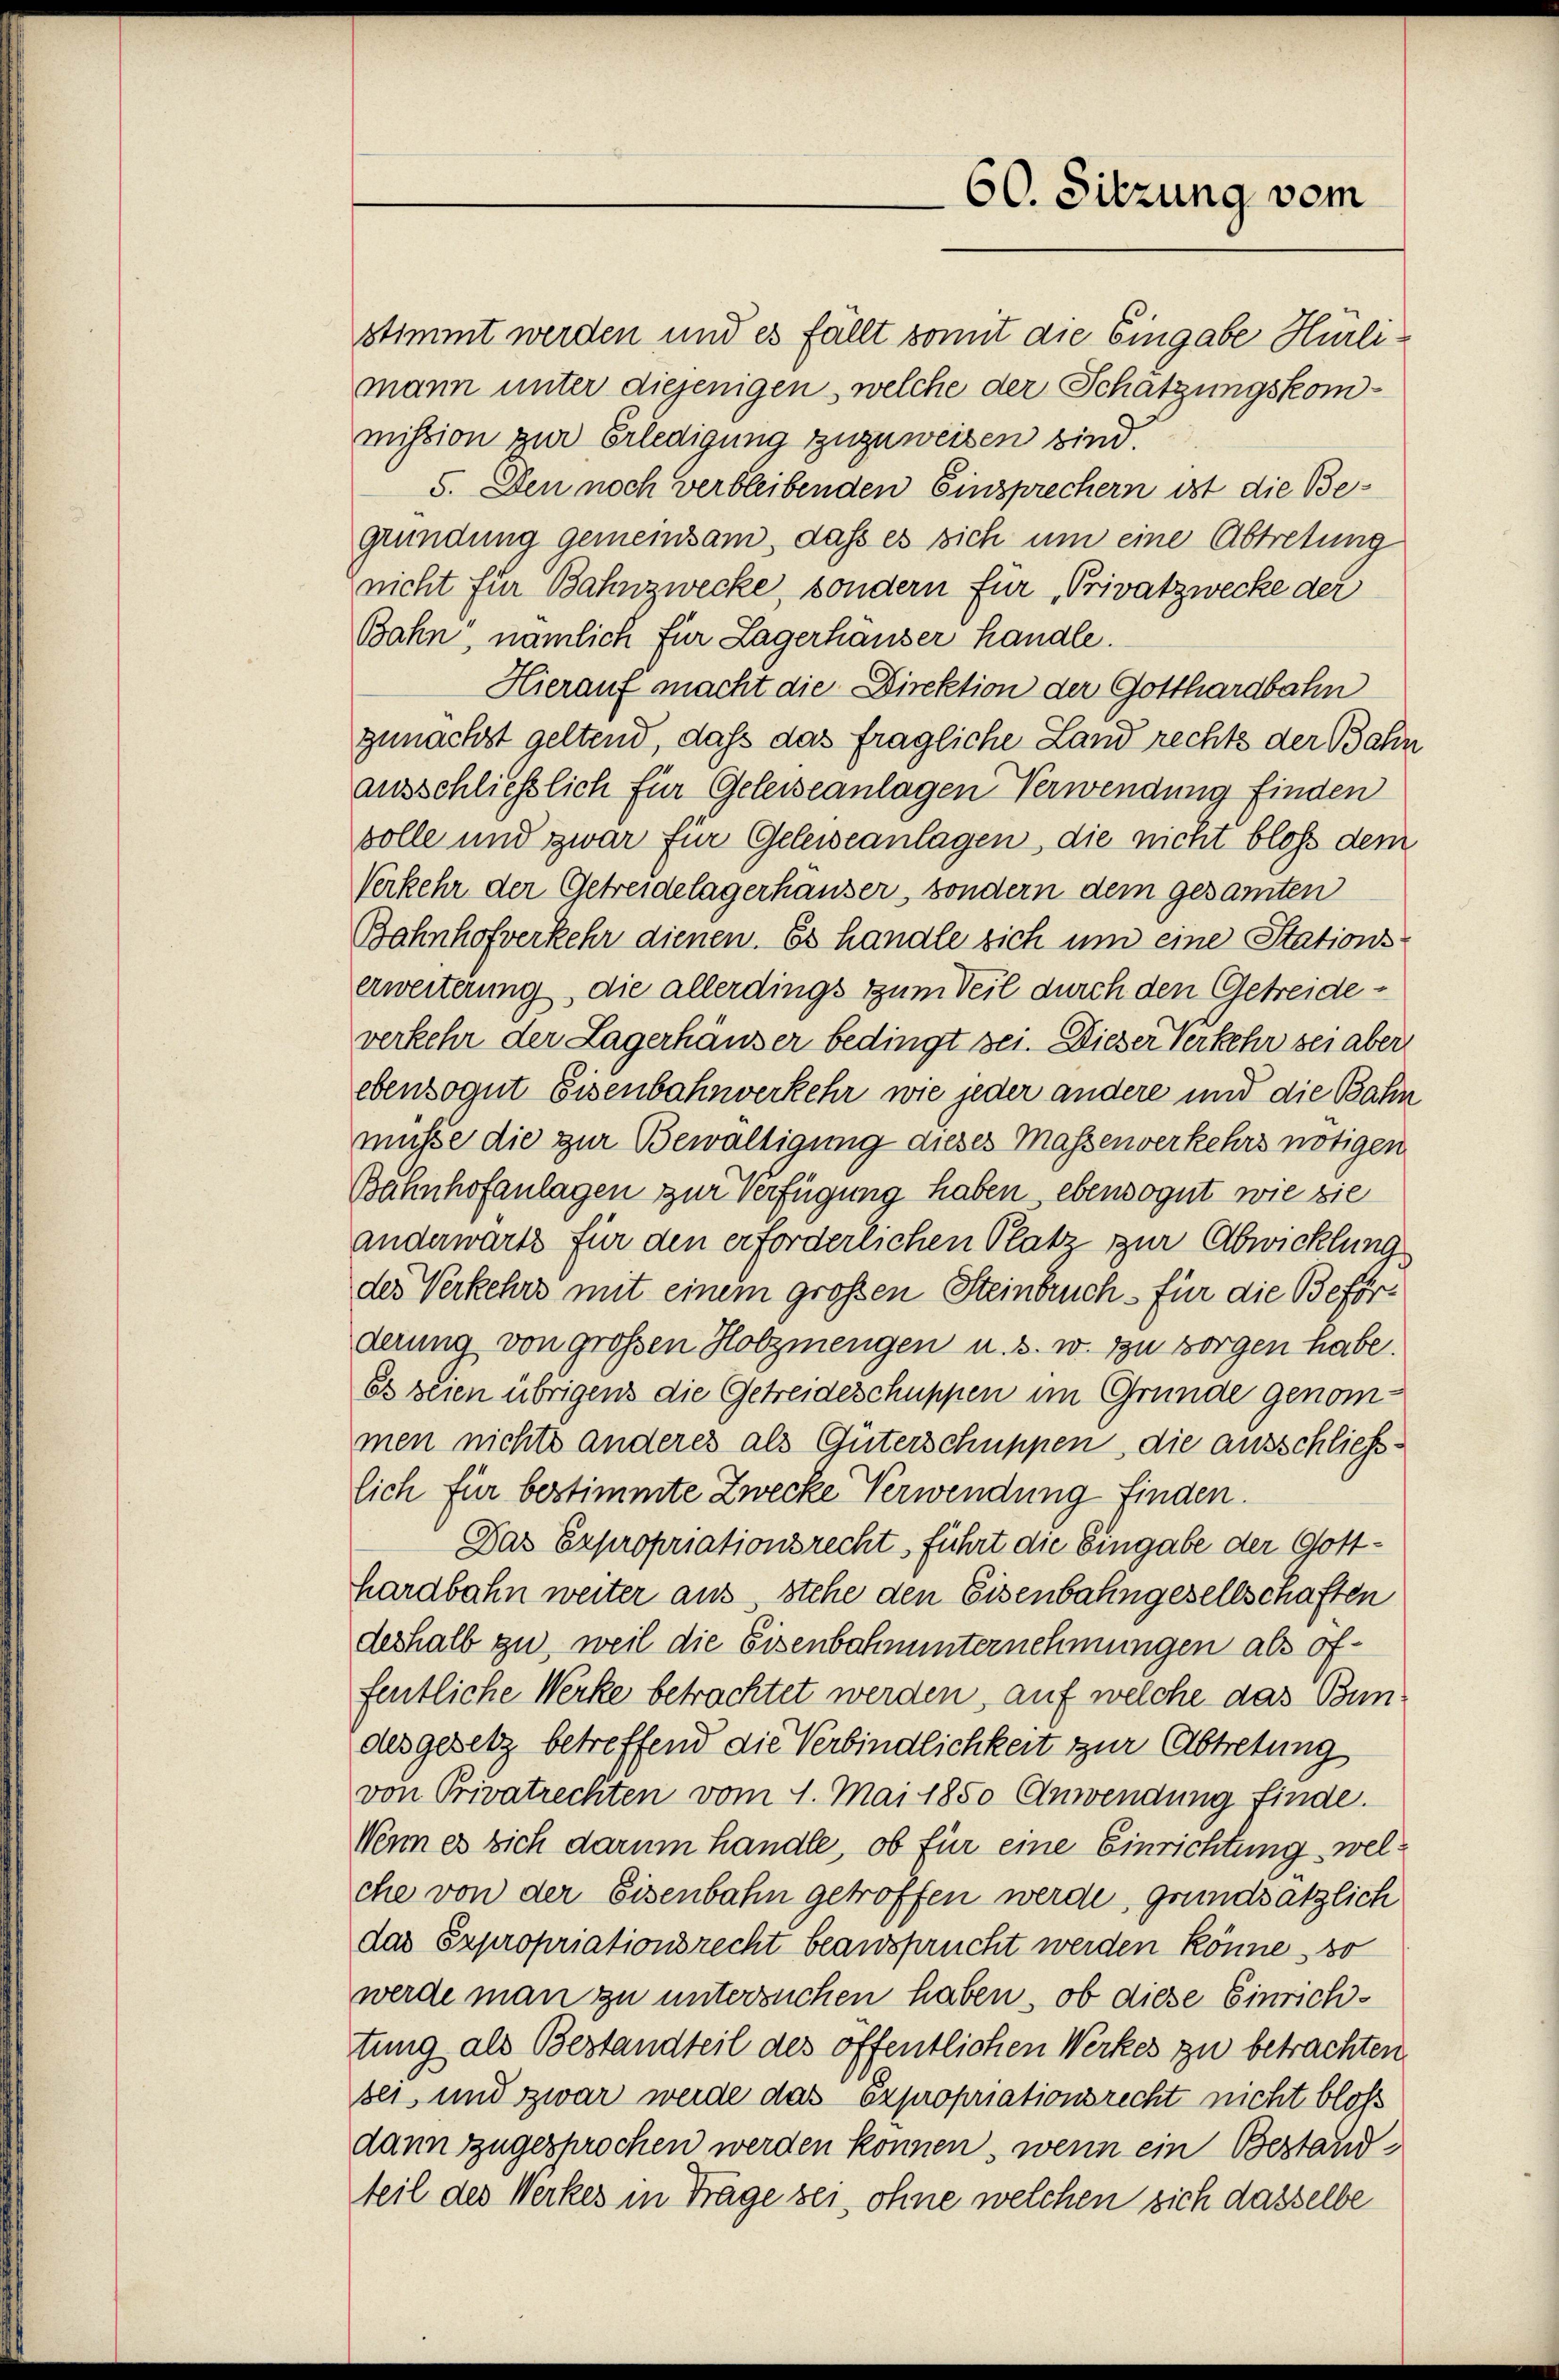
60. Sitzung vom

stimmt werden und es fällt somit die Eingabe Hürlimann unter diejenigen, welche der Schatzungskommission zur Erledigung zuzuweisen sind.
5. Den noch verbleibenden Einsprechern ist die Begründung gemeinsam, dass es sich um eine Abtretung
nicht für Bahnzwecke, sondern für Privatzwecke der
Bahn, nämlich für Lagerhauser handle.
Hierauf macht die Direktion der Gotthardbahn
zunächst geltend, daß das fragliche Land rechts der Bahr
ausschließlich für Geleiseanlagen Verwendung finden
volle und zwar für Geleiseanlagen, die nicht bloß dem
Verkehr der Getreidelagerhauser, sondern dem gesamten
Bahnhofverkehr dienen. Es handle sich um eine Stationserweiterung, die allerdings zum Teil durch den Getreideverkehr der Lagerhäuser bedingt sei. Dieser Verkehr sei aber
ebensogut Eisenbahnverkehr wie jeder andere und die Bahn
müsse die zur Bewaltigung dieses Massenverkehrs nötigen
Bahnhofanlagen zur Verfügung haben ebensogut wie sie
anderwarts für den erforderlichen Platz zur Abwicklung
des Verkehrs mit einem großen Steinbruch für die Beförderung von großen Holzmengen u. s. w. zu sorgen habe.
Es seien übrigens die Getreideschuppen im Grunde genommen nichts anderes als Güterschuppen, die ausschließlich für bestimmte Zwecke Verwendung finden.
Das Expropriationsrecht führt die Eingabe der Gotthardbahn weiter aus, stehe den Eisenbahngesellschaften
deshalb zu, weil die Eisenbahnunternehmungen als öffentliche Werke betrachtet werden, auf welche das Bundes gesetz betreffend die Verbindlichkeit zur Abtretung
von Privatrechten vom 1. Mai 1850 Anwendung finde.
Wenn es sich darum handle, ob für eine Einrichtung, welche von der Eisenbahn getroffen werde, grundsätzlich
das Expropriationsrecht beansprucht werden könne, so
werde man zu untersuchen haben, ob diese Einrichtung als Bestandteil des öffentlichen Werkes zu betrachten.
bes und zwar werde das Expropriationsrecht nicht bloß
dann zugesprochen werden können, wenn ein Bestandteil des Werkes in Trage sei, ohne welchen sich dasselbe